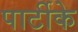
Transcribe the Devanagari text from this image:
पार्टीके